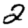
Digit: 2